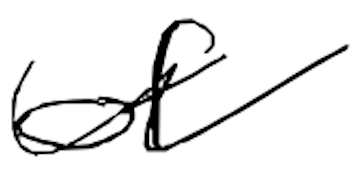
Text: of
Cross-out: wave
Writing tool: digital_black